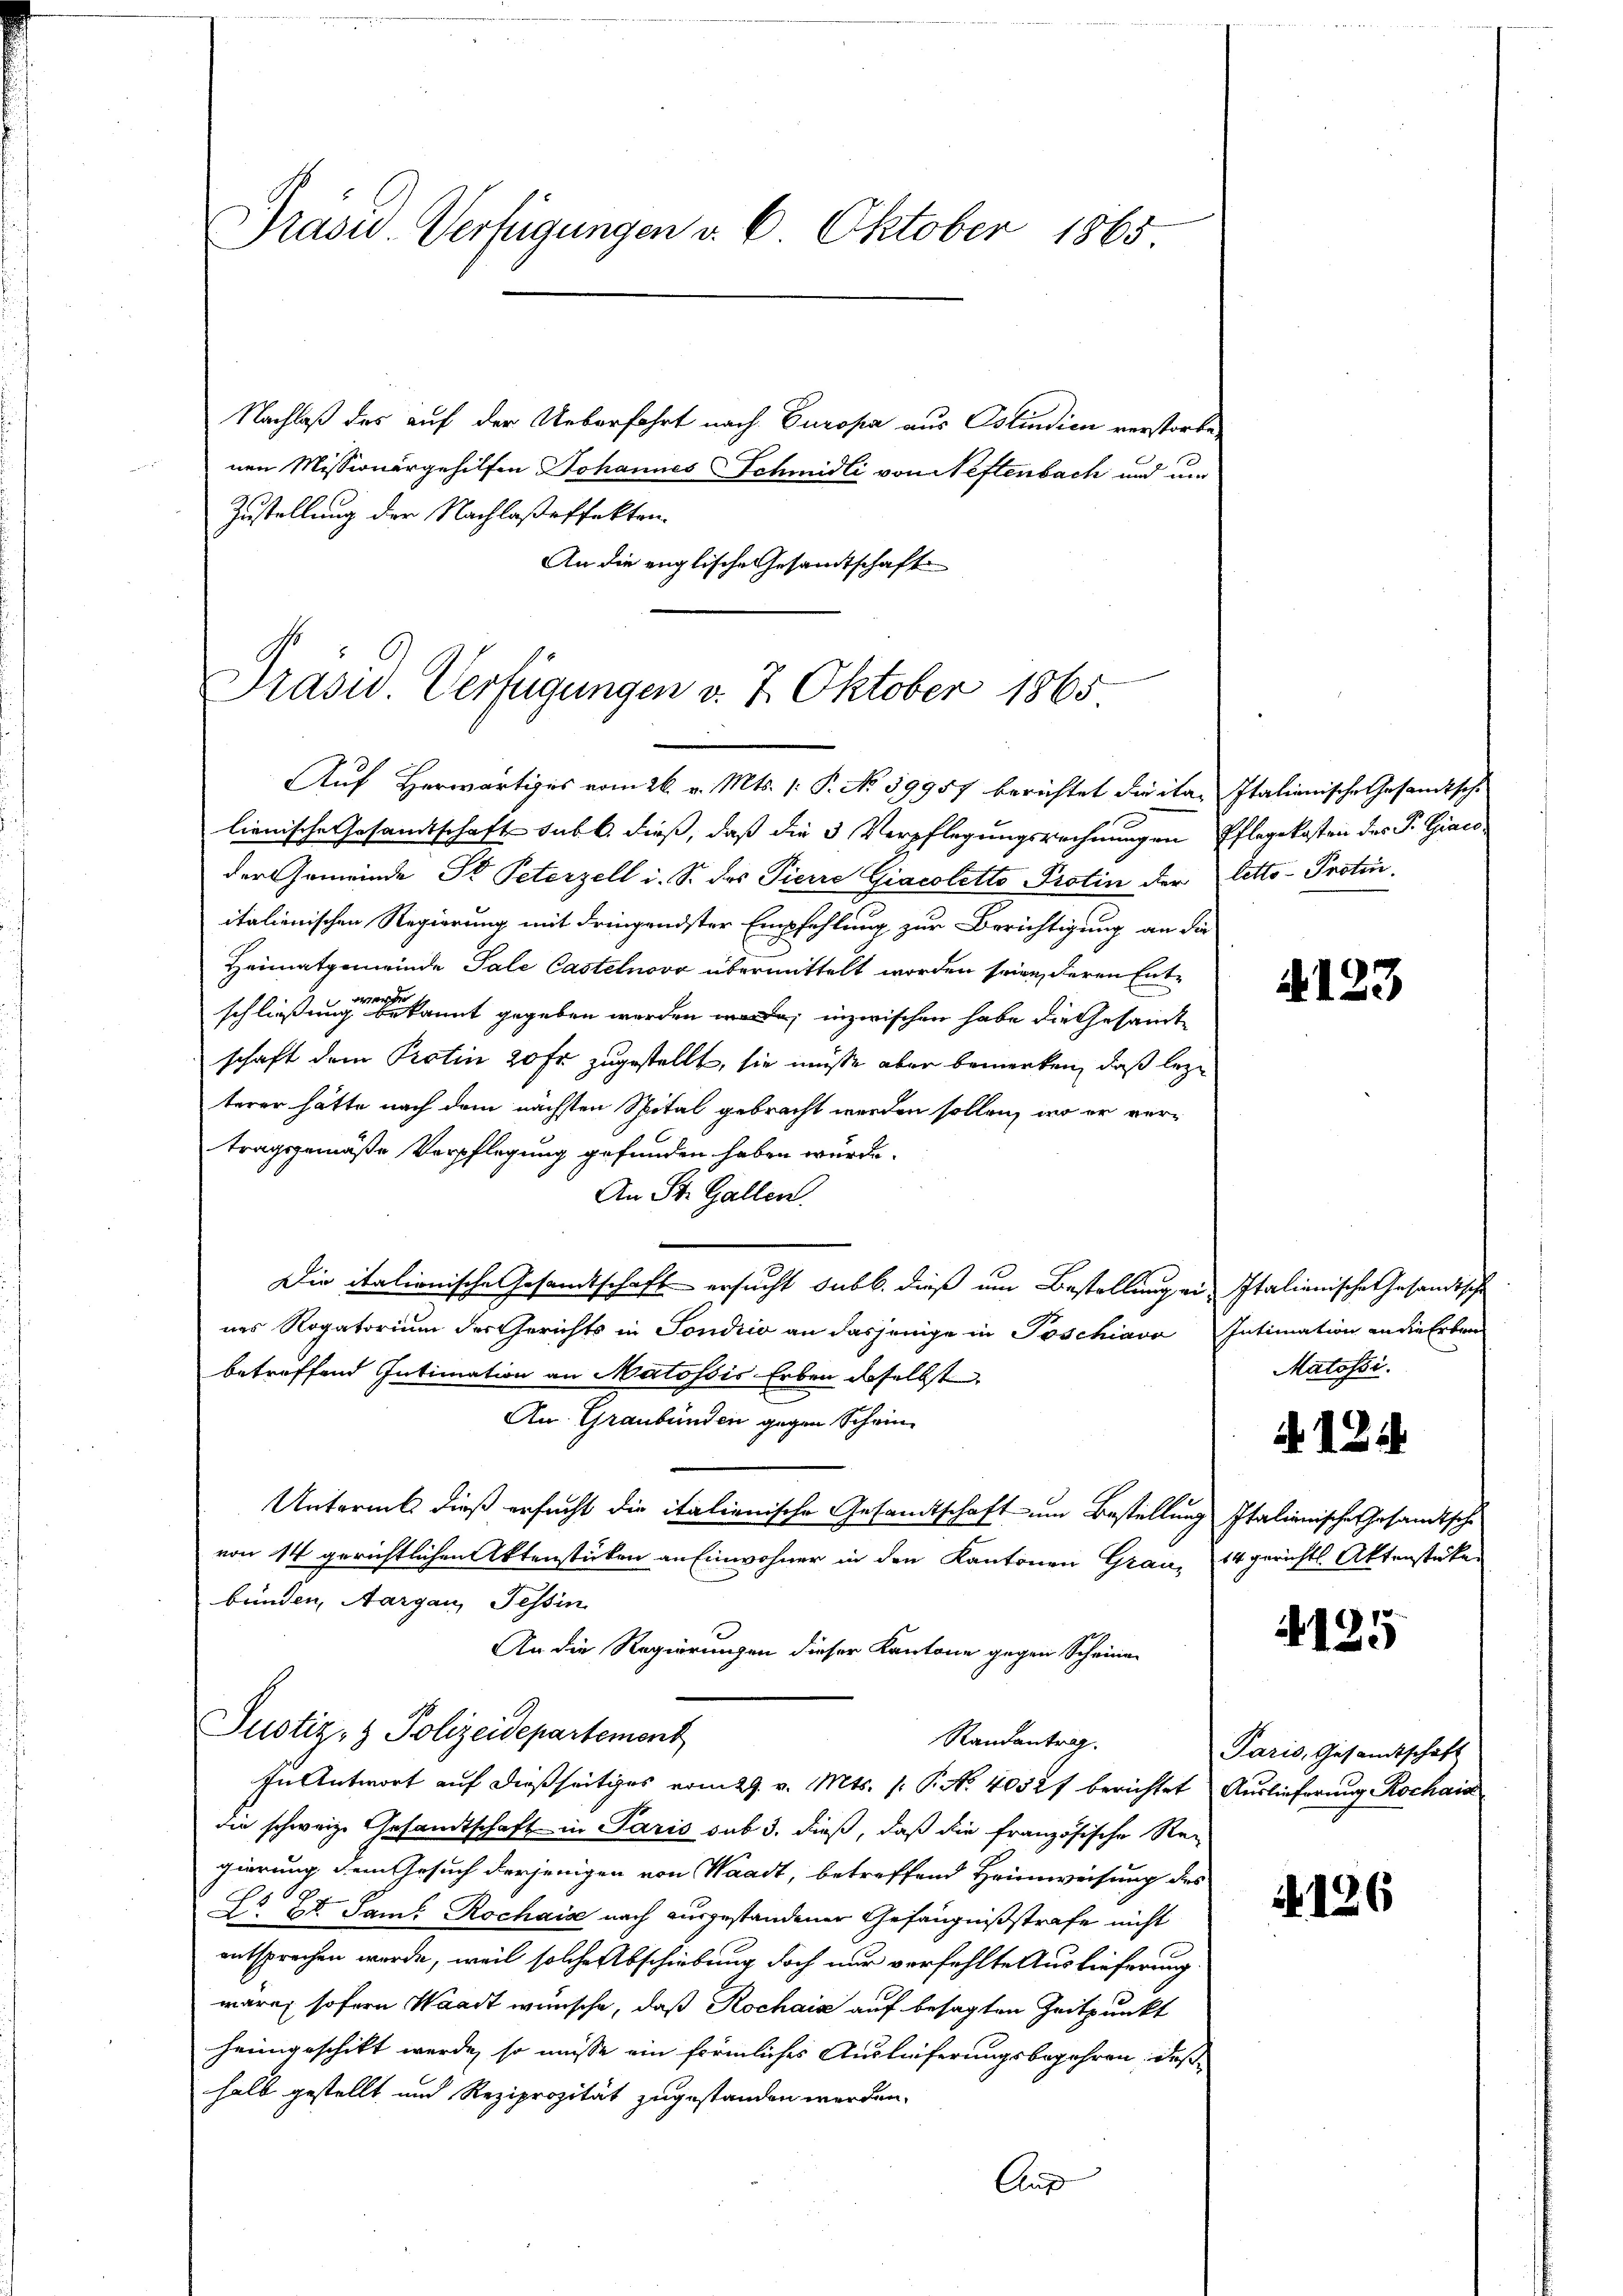
Präsid. Verfügungen d. 6. Oktober 1865

Nachlaß des auf der Ueberfahrt nach Europa aus Ostindien verstorbenen Missionergehilfen Johannes Schmidli von Neftenbach und um
Zustellung der Nachlaßeffekten.
An die englische Gesandtschaft

Präsid. Verfügungen v. 7. Oktober 1865
Auf Herwärtiges vom 26. v. Mts. 1. P. No 59957 berichtet die ita- Italienische Gesandtsche

lienische Gesamtschaft sub b. dieß, daß die 3 Verpflegungsrechnungen Pflegekosten des P. Giacoder Gemeinde St. Peterzell i. S. des Pierre Giacoletto Protin der letto-Proten.
italienischen Regierung mit dringendster Empfehlung zur Berichtigung an die
Heimatgemeinde Tale Castelnovr übermittelt worden seien, deren Entschließung einen kannt gegeben werden; inzwischen habe die Gesandte
schaft dem Proten 20 fr zugestellt, sie müsse aber bemerken, daß leze
terer hätte nach dem nächsten Spital gebracht werden sollen, wo er vertragsgemäße Verpflegung gefunden haben würde.
An St. Gallen.
Die italienische Gesandtschaft ersucht sub b. dieß um Bestellung ein Italienische Gesandtsche
ins Rogatorium des Gerichts in Sondico an dasjenige in Poschiavo Intimation an die Erben
betreffend Intimation an Matössis Erben daselbste
An Graubünden gegen Schein
Untermit dieß ersucht die italienische Gesandtschaft um Bestellung Italienisches Gesamtsche
von 14 gerichtlichen Aktenstücken an Einwohner in den Kantonen Grau, 14 gerichts Aktenstücke
bünden, Aargau, Tessin
An die Regierungen dieser Kantone gegen Scheinen
Justiz- & Polizeidepartement
Randantrag.
In Antwort auf dießseitiges vom 29. v. Mts. f. P. Nr. 4052f berichtet Auslieferung Rochais
die schweiz. Gesandtschaft in Paris sub 3. dieß, daß die französische Re-
gierung dem Gesuch derjenigen von Waadt, betreffend Heimweisung des
L Ed. Sam: Rochaise nach ausgestandener Gefängnißstrafe nicht
entsprechen werde, weil solche Abschiebung doch nur verfehlte Auslieferung
wäre, sofern Waadt wünsche, daß Rochais auf besagten Zeitpunkt
heimgeschikt werde, so müsse ein förmliches Auslieferungsbegehren, daß
halb gestellt und Reziprozität zugestanden werden.

Aus

§123

Matossi.

A124

1
13.

Paris, Gesandtschaft

126